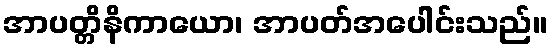
အာပတ္တိနိကာယော၊ အာပတ်အပေါင်းသည်။